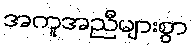
အကူအညီများစွာ